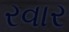
રવાર